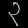
Digit: ၃